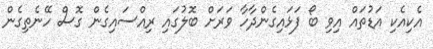
އެކިއެކި އަޑުތައް އިވި ބޯ ފަޅައިގެންދާހާ ވަރަށް ބޮލުގައި ރިއްސައިގެން ގޮސް ހޭނެތިގެން